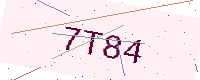
Text: 7T84